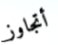
أتجاوز